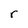
Character: r